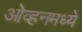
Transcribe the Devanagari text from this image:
ओव्हनमध्ये